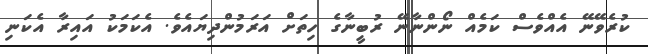
ކުރެވޭނޭ އެއްވެސް ކަމެއް ނޯންނާނޭ ރުބީނާގެ ހިތަށް އަރަމުންދިޔައެވެ. އެކަމަކު އައިރާ އެކަނި